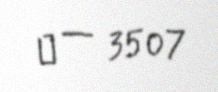
№ — 3507